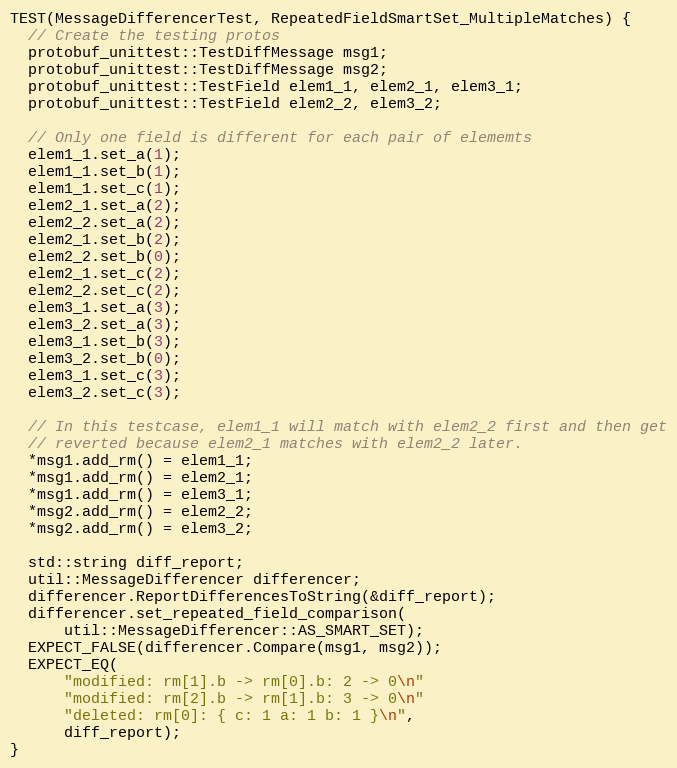
Language: C++
TEST(MessageDifferencerTest, RepeatedFieldSmartSet_MultipleMatches) {
  // Create the testing protos
  protobuf_unittest::TestDiffMessage msg1;
  protobuf_unittest::TestDiffMessage msg2;
  protobuf_unittest::TestField elem1_1, elem2_1, elem3_1;
  protobuf_unittest::TestField elem2_2, elem3_2;

  // Only one field is different for each pair of elememts
  elem1_1.set_a(1);
  elem1_1.set_b(1);
  elem1_1.set_c(1);
  elem2_1.set_a(2);
  elem2_2.set_a(2);
  elem2_1.set_b(2);
  elem2_2.set_b(0);
  elem2_1.set_c(2);
  elem2_2.set_c(2);
  elem3_1.set_a(3);
  elem3_2.set_a(3);
  elem3_1.set_b(3);
  elem3_2.set_b(0);
  elem3_1.set_c(3);
  elem3_2.set_c(3);

  // In this testcase, elem1_1 will match with elem2_2 first and then get
  // reverted because elem2_1 matches with elem2_2 later.
  *msg1.add_rm() = elem1_1;
  *msg1.add_rm() = elem2_1;
  *msg1.add_rm() = elem3_1;
  *msg2.add_rm() = elem2_2;
  *msg2.add_rm() = elem3_2;

  std::string diff_report;
  util::MessageDifferencer differencer;
  differencer.ReportDifferencesToString(&diff_report);
  differencer.set_repeated_field_comparison(
      util::MessageDifferencer::AS_SMART_SET);
  EXPECT_FALSE(differencer.Compare(msg1, msg2));
  EXPECT_EQ(
      "modified: rm[1].b -> rm[0].b: 2 -> 0\n"
      "modified: rm[2].b -> rm[1].b: 3 -> 0\n"
      "deleted: rm[0]: { c: 1 a: 1 b: 1 }\n",
      diff_report);
}